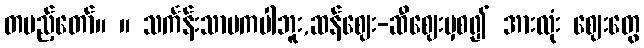
တပည့်တော်။ ။ သင်္ကန်းသာမကပါဘူး,ဆန်ဈေး-ဆီဈေးမှစ၍ အားလုံး ဈေးတွေ